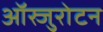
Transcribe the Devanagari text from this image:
ऑस्जुरोटन